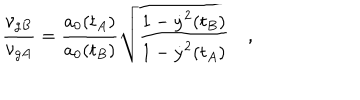
LaTeX: \frac { \nu _ { g B } } { \nu _ { g A } } = \frac { a _ { 0 } ( t _ { A } ) } { a _ { 0 } ( t _ { B } ) } \sqrt { \frac { 1 - \dot { y } ^ { 2 } ( t _ { B } ) } { 1 - \dot { y } ^ { 2 } ( t _ { A } ) } } \quad ,